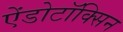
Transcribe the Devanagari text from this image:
ऐंडोटॉक्सिन